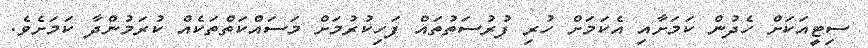
ސިޓީއަކަށް ހެދުން ކަމަށާއި އެކަމަށް ހުރި ފުރުސަތުތައް ފަހިކުރުމަށް މަސައްކަތްތަކެއް ކުރަމުންދާ ކަމަށެވެ.